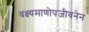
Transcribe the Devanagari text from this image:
वक्ष्यमाणोपजीवनेन